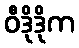
ဝီဒိုဒိုက